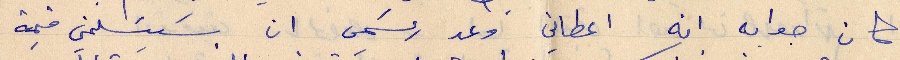
كان جوابه أنه اعطاني وعد رسمي ان يسلمني قيمة